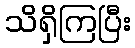
သိရှိကြပြီး